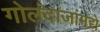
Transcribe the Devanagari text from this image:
गोलंदाजांमद्ये